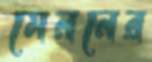
মেননের